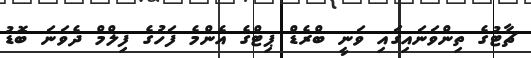
ޗާޓުގެ ތިންވަނައިގައި ވަނީ ބްރެޑް ޕިޓްގެ އެންމެ ފަހުގެ ފިލްމް ދެވަނަ ބޮޑު